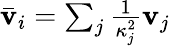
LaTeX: \begin{array}{r}{\bar{\mathbf{v}}_{i}=\sum_{j}\frac{1}{\kappa_{j}^{2}}\mathbf{v}_{j}}\end{array}